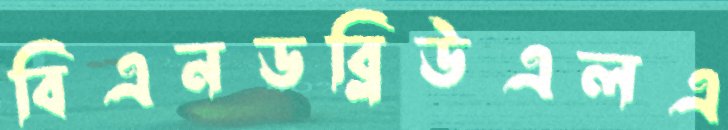
বিএনডব্লিউএলএ